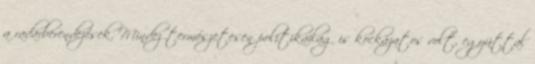
a radarberendezések. Mindez természetesen politikailag is kockázatos volt, egyúttal